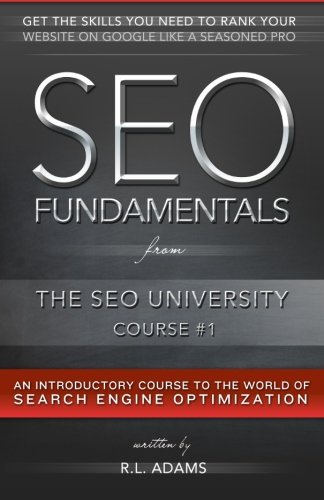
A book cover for SEO Fundamentals: An Introductory Course to the World of Search Engine Optimization (The SEO University) (Volume 1); R.L. Adams; Computers & Technology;